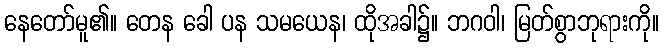
နေတော်မူ၏။ တေန ခေါ ပန သမယေန၊ ထိုအခါ၌။ ဘဂဝါ၊ မြတ်စွာဘုရားကို။